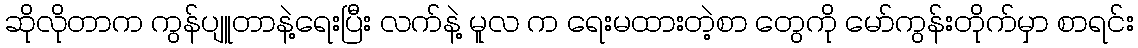
ဆိုလိုတာက ကွန်ပျူတာနဲ့ရေးပြီး လက်နဲ့ မူလ က ရေးမထားတဲ့စာ တွေကို မော်ကွန်းတိုက်မှာ စာရင်း